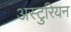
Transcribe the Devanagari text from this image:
अस्टुरियन